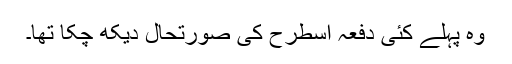
وہ پہلے کئی دفعہ اسطرح کی صورتحال دیکھ چکا تھا۔